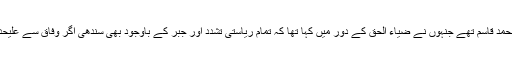
یہ بھی پنجاب سے ہی ایم آر ڈی کے رہنما ملک محمد قاسم تھے جنہوں نے ضیاء الحق کے دور میں کہا تھا کہ تمام ریاستی تشدد اور جبر کے باوجود بھی سندھی اگر وفاق سے علیحدگی کی بات نہیں کرتے تو یہ ان کی مہربانی ہے۔